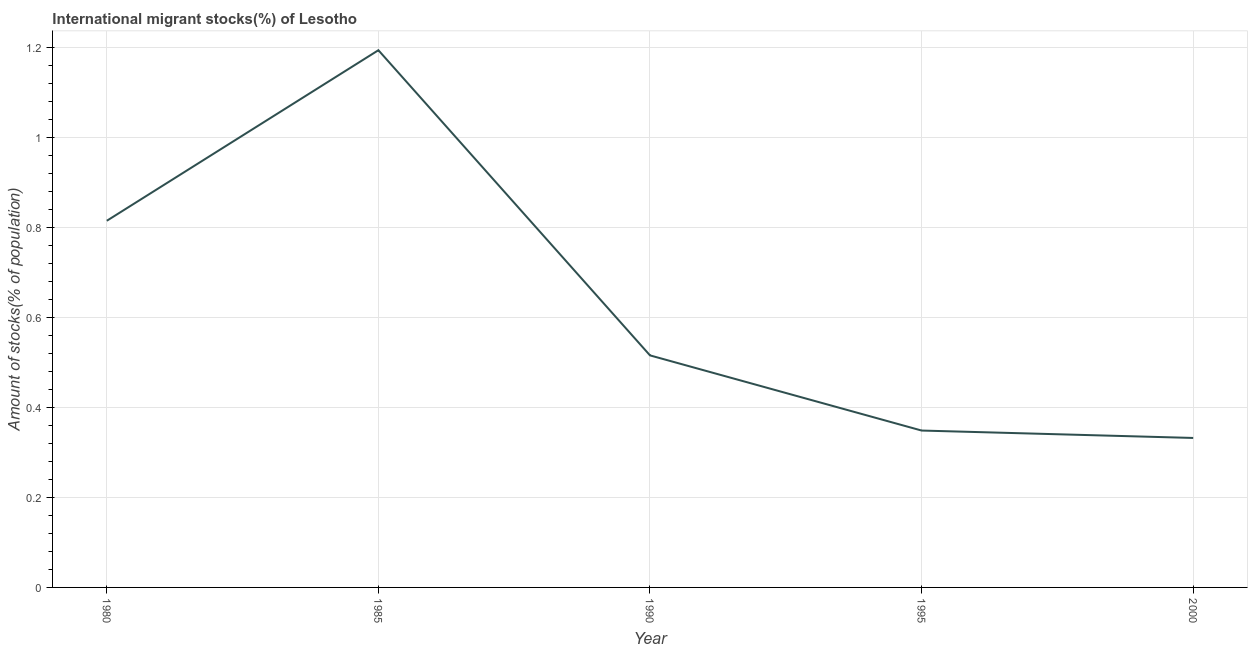
| Year | International migrant stock |
 | --- | --- |
 | 1980 | 0.815 |
 | 1985 | 1.19 |
 | 1990 | 0.516 |
 | 1995 | 0.349 |
 | 2000 | 0.332 |